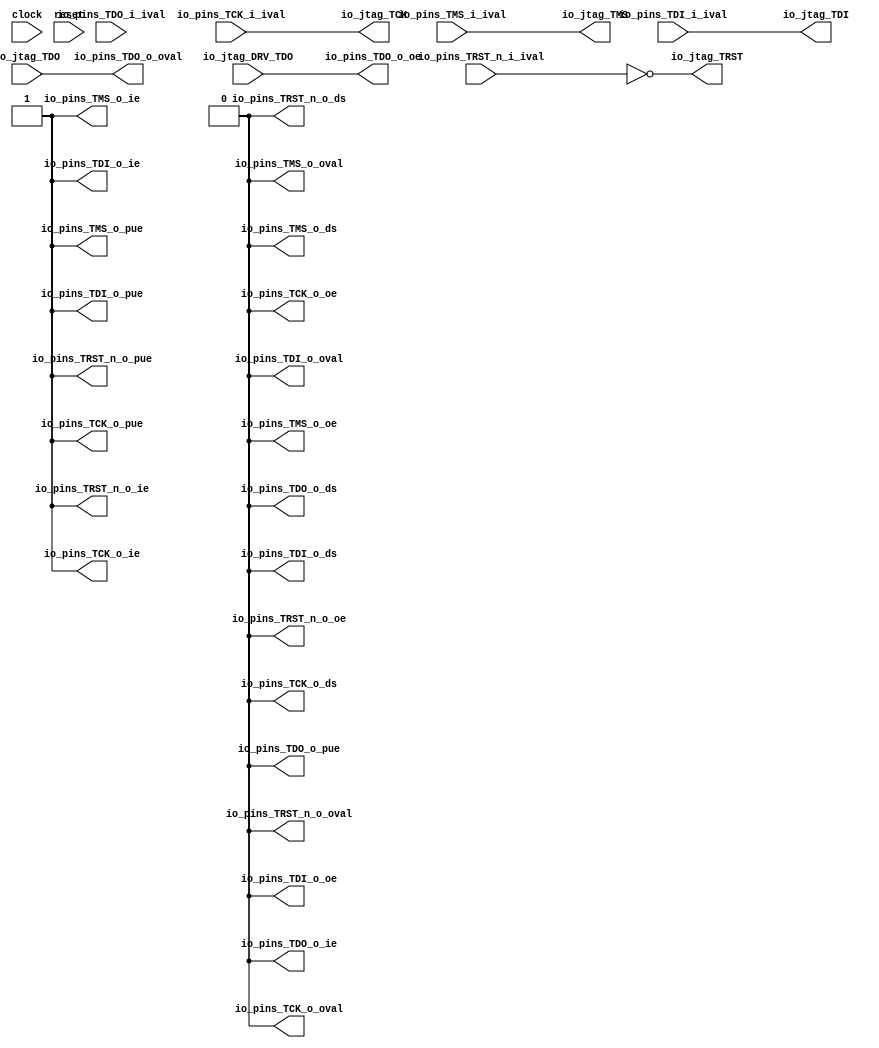
 /*                                                                      
 Copyright 2018 Nuclei System Technology, Inc.                
                                                                         
 Licensed under the Apache License, Version 2.0 (the "License");         
 you may not use this file except in compliance with the License.        
 You may obtain a copy of the License at                                 
                                                                         
     http://www.apache.org/licenses/LICENSE-2.0                          
                                                                         
  Unless required by applicable law or agreed to in writing, software    
 distributed under the License is distributed on an "AS IS" BASIS,       
 WITHOUT WARRANTIES OR CONDITIONS OF ANY KIND, either express or implied.
 See the License for the specific language governing permissions and     
 limitations under the License.                                          
 */                                                                      
                                                                         
                                                                         
                                                                         

module sirv_jtaggpioport(
  input   clock,
  input   reset,
  output  io_jtag_TCK,
  output  io_jtag_TMS,
  output  io_jtag_TDI,
  input   io_jtag_TDO,
  output  io_jtag_TRST,
  input   io_jtag_DRV_TDO,
  input   io_pins_TCK_i_ival,
  output  io_pins_TCK_o_oval,
  output  io_pins_TCK_o_oe,
  output  io_pins_TCK_o_ie,
  output  io_pins_TCK_o_pue,
  output  io_pins_TCK_o_ds,
  input   io_pins_TMS_i_ival,
  output  io_pins_TMS_o_oval,
  output  io_pins_TMS_o_oe,
  output  io_pins_TMS_o_ie,
  output  io_pins_TMS_o_pue,
  output  io_pins_TMS_o_ds,
  input   io_pins_TDI_i_ival,
  output  io_pins_TDI_o_oval,
  output  io_pins_TDI_o_oe,
  output  io_pins_TDI_o_ie,
  output  io_pins_TDI_o_pue,
  output  io_pins_TDI_o_ds,
  input   io_pins_TDO_i_ival,
  output  io_pins_TDO_o_oval,
  output  io_pins_TDO_o_oe,
  output  io_pins_TDO_o_ie,
  output  io_pins_TDO_o_pue,
  output  io_pins_TDO_o_ds,
  input   io_pins_TRST_n_i_ival,
  output  io_pins_TRST_n_o_oval,
  output  io_pins_TRST_n_o_oe,
  output  io_pins_TRST_n_o_ie,
  output  io_pins_TRST_n_o_pue,
  output  io_pins_TRST_n_o_ds
);
  wire  T_101;
  wire  T_117;
  assign io_jtag_TCK = T_101;
  assign io_jtag_TMS = io_pins_TMS_i_ival;
  assign io_jtag_TDI = io_pins_TDI_i_ival;
  assign io_jtag_TRST = T_117;
  assign io_pins_TCK_o_oval = 1'h0;
  assign io_pins_TCK_o_oe = 1'h0;
  assign io_pins_TCK_o_ie = 1'h1;
  assign io_pins_TCK_o_pue = 1'h1;
  assign io_pins_TCK_o_ds = 1'h0;
  assign io_pins_TMS_o_oval = 1'h0;
  assign io_pins_TMS_o_oe = 1'h0;
  assign io_pins_TMS_o_ie = 1'h1;
  assign io_pins_TMS_o_pue = 1'h1;
  assign io_pins_TMS_o_ds = 1'h0;
  assign io_pins_TDI_o_oval = 1'h0;
  assign io_pins_TDI_o_oe = 1'h0;
  assign io_pins_TDI_o_ie = 1'h1;
  assign io_pins_TDI_o_pue = 1'h1;
  assign io_pins_TDI_o_ds = 1'h0;
  assign io_pins_TDO_o_oval = io_jtag_TDO;
  assign io_pins_TDO_o_oe = io_jtag_DRV_TDO;
  assign io_pins_TDO_o_ie = 1'h0;
  assign io_pins_TDO_o_pue = 1'h0;
  assign io_pins_TDO_o_ds = 1'h0;
  assign io_pins_TRST_n_o_oval = 1'h0;
  assign io_pins_TRST_n_o_oe = 1'h0;
  assign io_pins_TRST_n_o_ie = 1'h1;
  assign io_pins_TRST_n_o_pue = 1'h1;
  assign io_pins_TRST_n_o_ds = 1'h0;
  assign T_101 = $unsigned(io_pins_TCK_i_ival);
  assign T_117 = ~ io_pins_TRST_n_i_ival;
endmodule